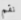
نقم